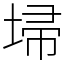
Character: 埽